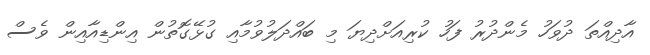
އާދިއްތަ ދުވަހު މެންދުރު ފަހު ކުރިއަށްދިޔަ މި ބައްދަލުވުމާއި ގުޅޭގޮތުން އިންޑިއާއިން ވެސް